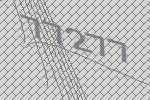
77277